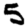
Digit: 5